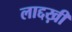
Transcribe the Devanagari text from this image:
लाद्दख़ी